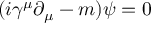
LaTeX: ( i \gamma ^ { \mu } \partial _ { \mu } - m ) \psi = 0